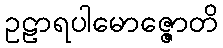
ဥဠာရပါမောဇ္ဇောတိ